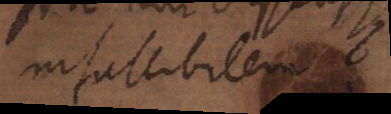
infallibilem?